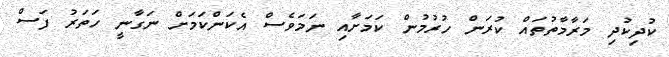
ކުދިކުދި މަރާމާތުތައް ކުރަން ހުރުމުން ކަމަށާއި ނަމަވެސް އެކަންކަމަށް ނަގާނީ ހަތަރު ފަސް